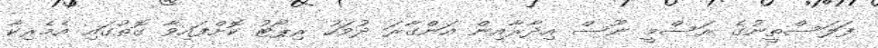
ފަލަސްތީނުގެ ރަސްމީ ނޫސް އިދާރާއިން އަންގާރަ ދުވަހު ރިޕޯޓު ކޮށްފައިވާ ގޮތުގައި އެމެރިކާ